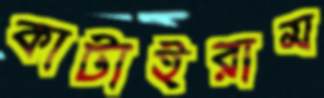
কাটাইরাম